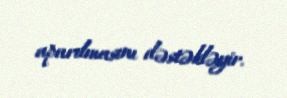
aparılmasını dəstəkləyir.